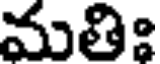
మతిః